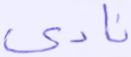
نادى